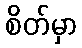
စိတ်မှာ